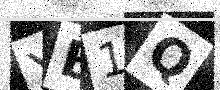
Text: YB1Q